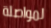
لمواصلة